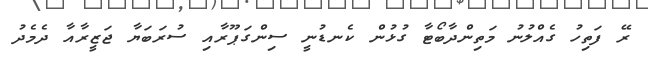
ރޭ ފަތިހު ގެއްލުނު މަތިންދާބޯޓާ ގުޅުން ކެނޑުނީ ސިންގަޕޫރާއި ސުރަބަޔާ ޖަޒީރާއާ ދެމެދު